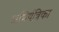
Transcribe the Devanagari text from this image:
अभियंत्रिका